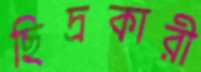
ছিদ্রকারী